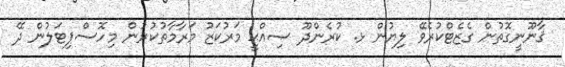
ޤާނޫނީގޮތުން ގެޒެޓްކުރެވޭ ލިޔުން ޅ. ކުރެންދޫ ޞިއްޙީ މަރުކަޒު މަރާމާތުކުރުން މިހޮސްޕިޓަލުން ދޭ